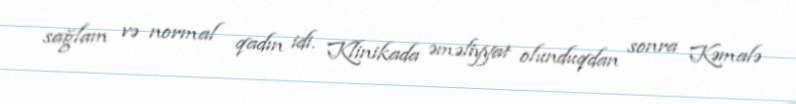
sağlam və normal qadın idi. Klinikada əməliyyat olunduqdan sonra Kəmalə